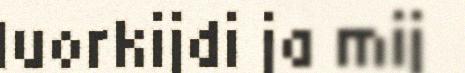
luorkijdi ja mij